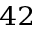
^ { 4 2 }